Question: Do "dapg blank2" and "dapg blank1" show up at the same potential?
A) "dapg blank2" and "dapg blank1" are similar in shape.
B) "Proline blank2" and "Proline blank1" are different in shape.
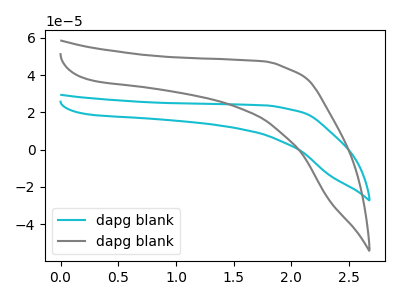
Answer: <think>The cyan curve "dapg blank1" has no peaks. The gray curve "dapg blank2" has no peaks.
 Neither "dapg blank2" or "dapg blank1" have any peaks.</think>
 <answer>A) "dapg blank2" and "dapg blank1" are similar in shape.</answer>
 <eval>A</eval>